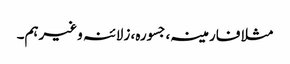
مثلا فارمینہ، جسورہ، زلائنہ وغیرہم۔